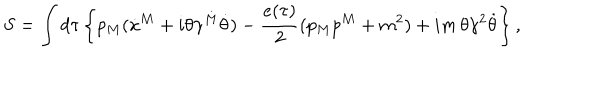
S = \int d \tau \left\{ p _ { M } ( \dot { x } ^ { M } + i \theta \gamma ^ { M } \dot { \theta } ) - { \frac { e ( \tau ) } { 2 } } ( p _ { M } p ^ { M } + m ^ { 2 } ) + i m \, \theta \gamma ^ { 2 } \dot { \theta } \right\} ,